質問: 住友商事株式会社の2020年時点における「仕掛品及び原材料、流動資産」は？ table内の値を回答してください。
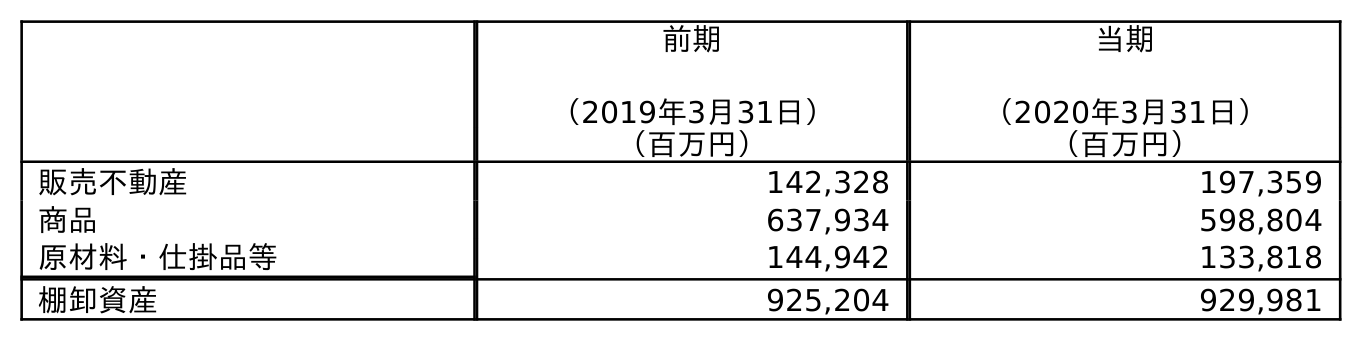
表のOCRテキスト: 前期 （2019年3月31日） 当期 （2020年3月31日） （百万円） （百万円） 販売不動産 142,328 197,359 商品 637,934 598,804 原材料・仕掛品等 144,942 133,818 棚卸資産 925,204 929,981
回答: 133,818